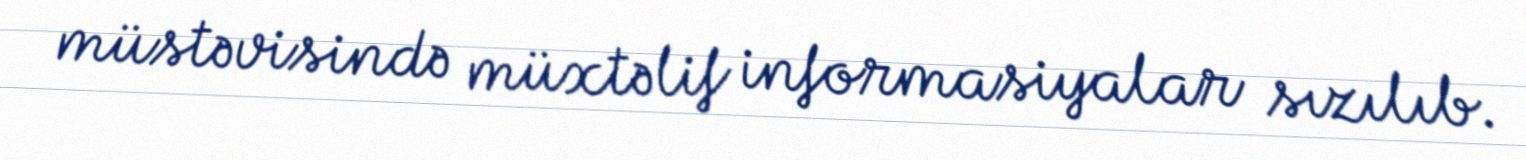
müstəvisində müxtəlif informasiyalar sızılıb.